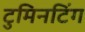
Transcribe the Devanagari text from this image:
टुमिनटिंग